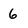
Character: 6